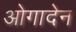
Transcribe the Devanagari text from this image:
ओगादेन